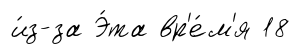
и́з-за Э́та вр'е́м'я 18